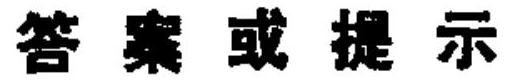
答案或提示